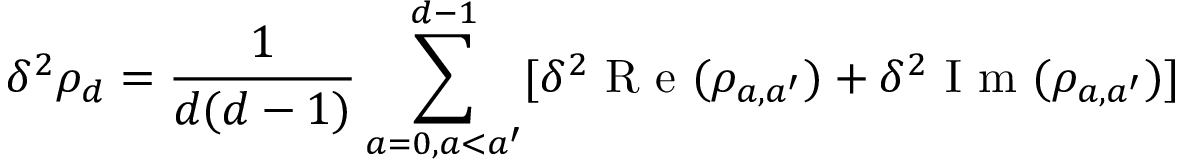
\delta ^ { 2 } \rho _ { d } = \frac { 1 } { d ( d - 1 ) } \sum _ { a = 0 , a < a ^ { \prime } } ^ { d - 1 } [ \delta ^ { 2 } \mathrm { ~ R ~ e ~ } ( \rho _ { a , a ^ { \prime } } ) + \delta ^ { 2 } \mathrm { ~ I ~ m ~ } ( \rho _ { a , a ^ { \prime } } ) ]